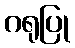
ဂရုပြု